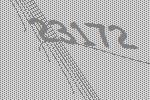
23172